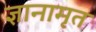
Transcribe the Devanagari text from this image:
ज्ञानामृत